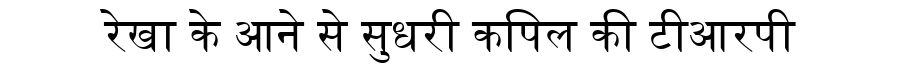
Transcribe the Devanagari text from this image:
रेखा के आने से सुधरी कपिल की टीआरपी